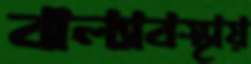
বাল্যাবস্থায়